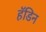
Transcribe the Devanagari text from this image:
हॅडिन